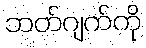
ဘတ်ဂျက်ကို